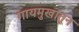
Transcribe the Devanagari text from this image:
गायमुखातून